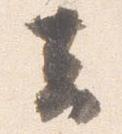
去